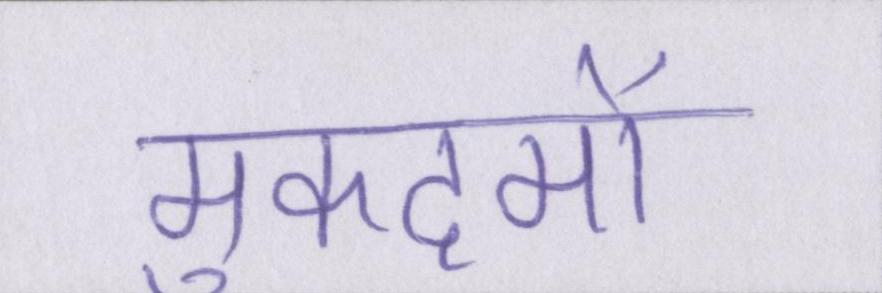
मुकदमों